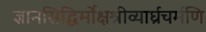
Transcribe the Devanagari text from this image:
ज्ञानसिद्धिर्मोक्षश्रीव्यार्घ्रचर्मणि